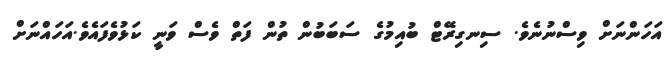
އަހަންނަށް ވިސްނުނެވެ. ސިނގިރޭޓް ބުއިމުގެ ސަބަބުން ތުން ފަތް ވެސް ވަނީ ކަޅުވެފައެވެ.އަހައްނަށް